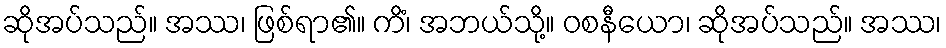
ဆိုအပ်သည်။ အဿ၊ ဖြစ်ရာ၏။ ကိံ၊ အဘယ်သို့။ ဝစနီယော၊ ဆိုအပ်သည်။ အဿ၊